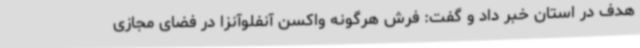
هدف در استان خبر داد و گفت: فرش هرگونه واکسن آنفلوآنزا در فضای مجازی